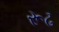
રૂઢ